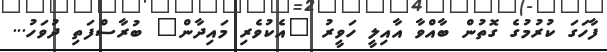
ފާހަގަ ކުރުމުގެ ގޮތުން ބާއްވާ އާއިލީ ހަވީރު "އެކުވެރި މައިދާން" ބުރާސްފަތި ދުވަހު...